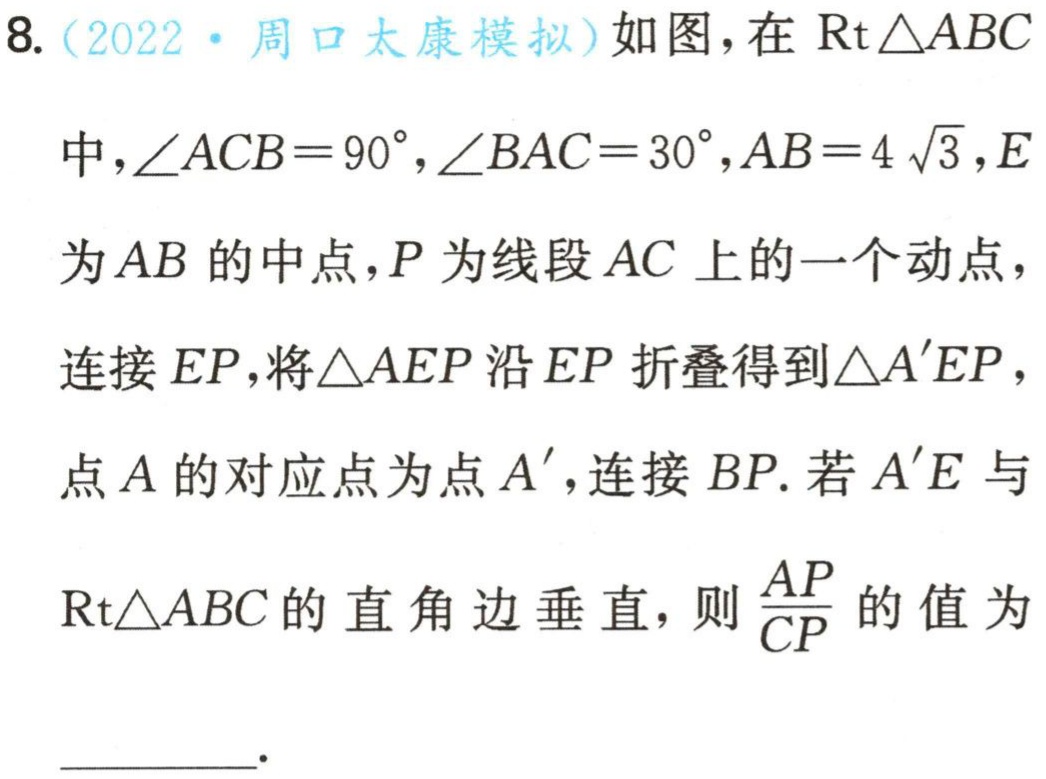
8.（2022·周口太康模拟）如图，在$\text{Rt}\triangle ABC$中，$\angle ACB = 90^{\circ}$，$\angle BAC = 30^{\circ}$，$AB = 4\sqrt{3}$，$E$为$AB$的中点，$P$为线段$AC$上的一个动点，连接$EP$，将$\triangle AEP$沿$EP$折叠得到$\triangle A'EP$，点$A$的对应点为点$A'$，连接$BP$. 若$A'E$与$\text{Rt}\triangle ABC$的直角边垂直，则$\dfrac{AP}{CP}$的值为___.